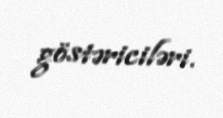
göstəriciləri.